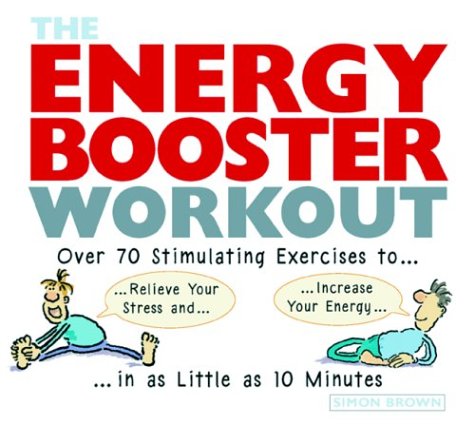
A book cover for The Energy Booster Workout: Over 70 Stimulating Exercises to Relieve Your Stress and Increase Your Energy in as Little as 10 Minutes; Simon Brown; Health, Fitness & Dieting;